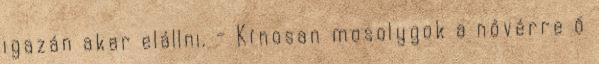
igazán akar elállni. - Kínosan mosolygok a nővérre ő